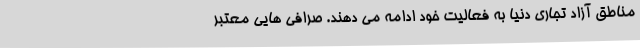
مناطق آزاد تجاری دنیا به فعالیت خود ادامه می دهند. صرافی هایی معتبر